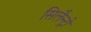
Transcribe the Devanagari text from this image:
सिलैन्ट्रो